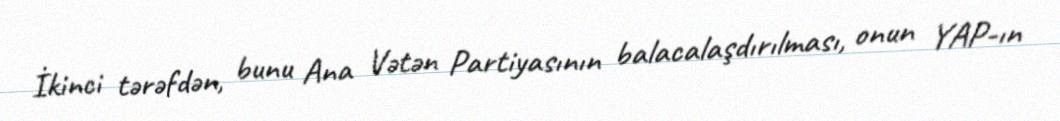
İkinci tərəfdən, bunu Ana Vətən Partiyasının balacalaşdırılması, onun YAP-ın